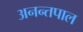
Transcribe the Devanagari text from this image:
अनन्तपाल